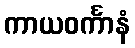
ကာယဝင်္ကာနံ